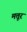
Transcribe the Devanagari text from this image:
मत्तूर